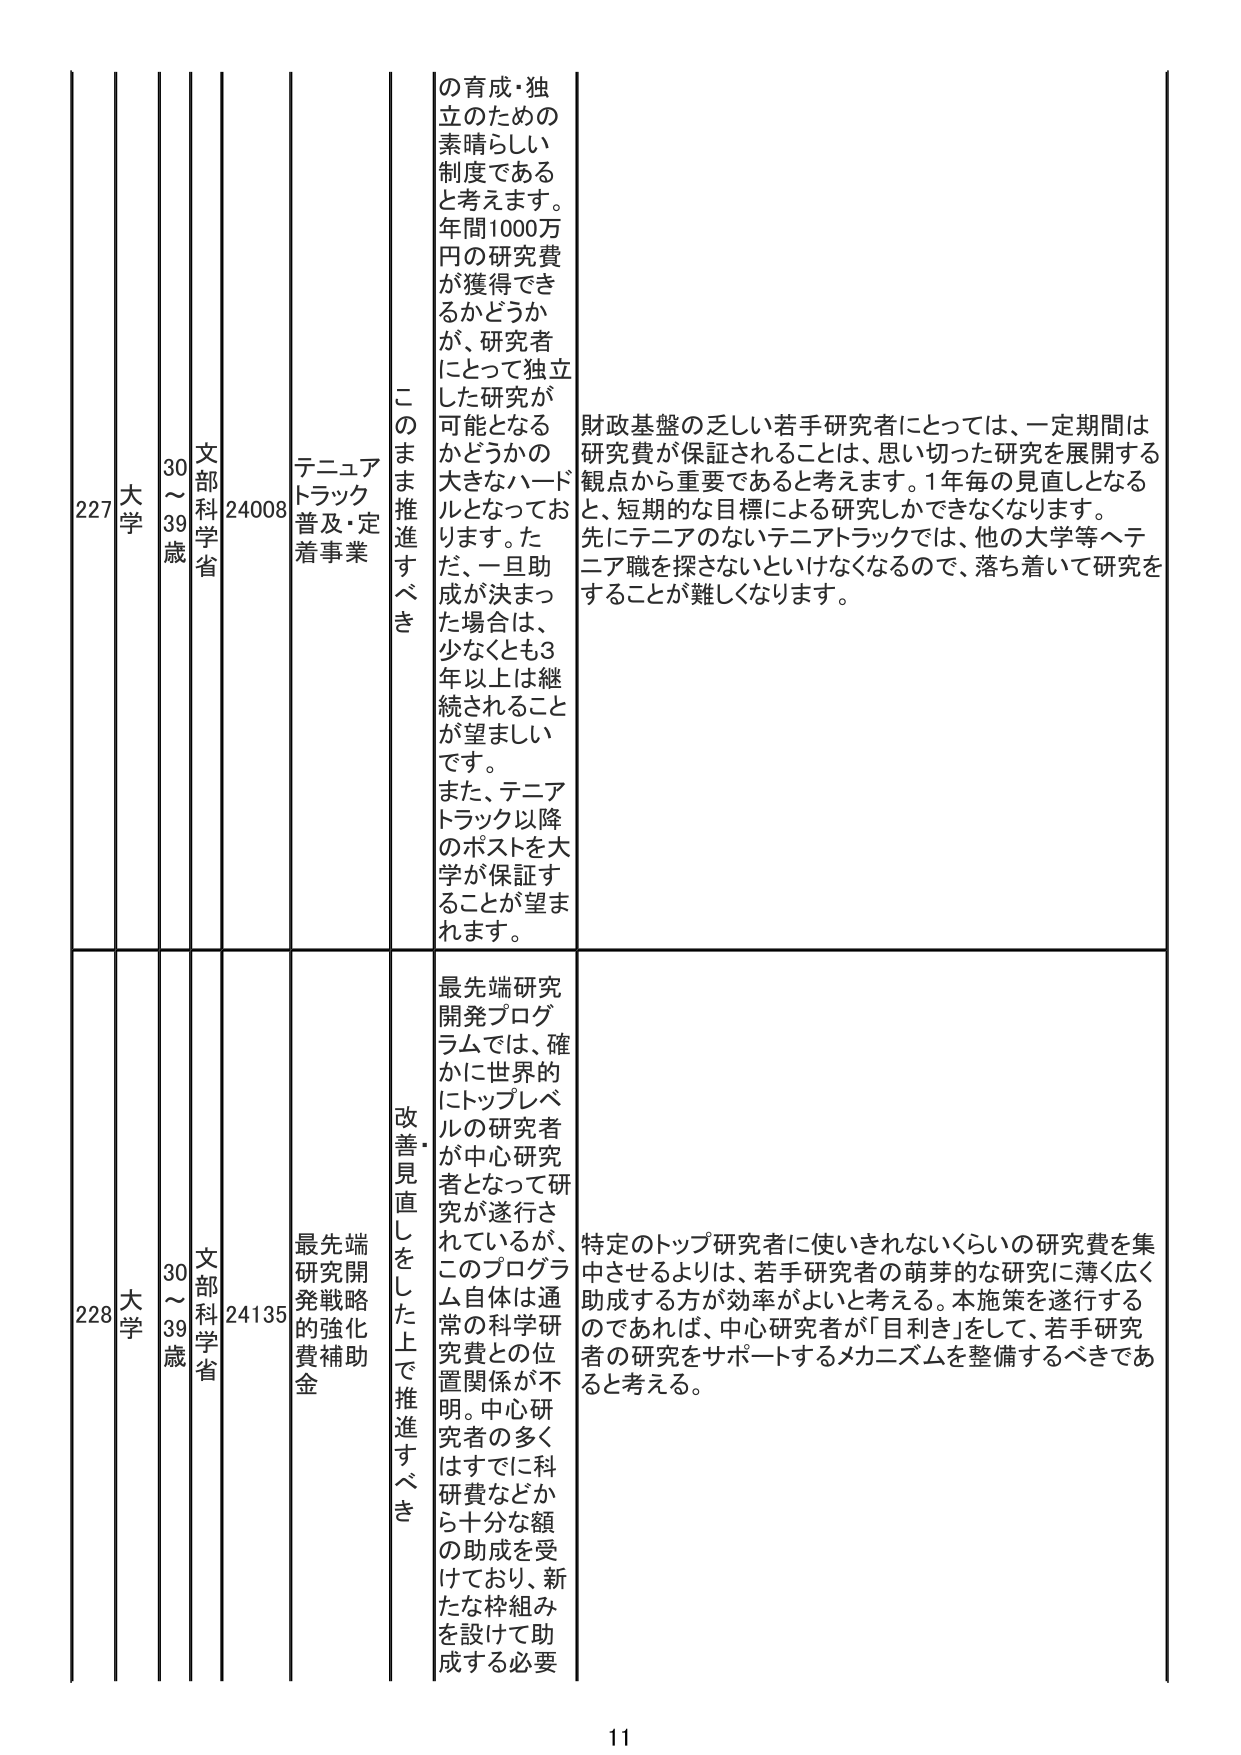
227 大学 30～39歳 文部科学省 24008 テニュアトラック普及・定着事業 このまま推進すべき の育成・独立のための素晴らしい制度であると考えます。年間1000万円の研究費が獲得できるかどうかが、研究者にとって独立した研究が可能となるかどうかの大きなハードルとなっております。ただ、一旦助成が決まった場合は、少なくとも3年以上は継続されることが望ましいです。また、テニュアトラック以降のポストを大学が保証することが望まれます。 財政基盤の乏しい若手研究者にとっては、一定期間は研究費が保証されることは、思い切った研究を展開する観点から重要であると考えます。1年毎の見直しとなると、短期的な目標による研究しかできなくなります。先にテニュアのないテニュアトラックでは、他の大学等へテニュア職を探さないといけなくなるので、落ち着いて研究をすることが難しくなります。

228 大学 30～39歳 文部科学省 24135 最先端研究開発戦略的強化費補助金 改善見直しをした上で推進すべき 最先端研究開発プログラムでは、確かに世界的にトップレベルの研究者が中心研究者となって研究が遂行されているが、このプログラム自体は通常の科学研究費との位置関係が不明。中心研究者の多くはすでに科研費などから十分な額の助成を受けており、新たな枠組みを設けて助成する必要 特定のトップ研究者に使いきれないくらいの研究費を集中させるよりは、若手研究者の萌芽的な研究に薄く広く助成する方が効率がよいと考える。本施策を遂行するのであれば、中心研究者が「目利き」をして、若手研究者の研究をサポートするメカニズムを整備するべきであると考える。

11